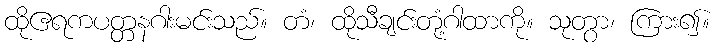
ထိုဧရကပတ္တနဂါးမင်းသည်။ တံ၊ ထိုသီချင်းတုံ့ဂါထာကို။ သုတွာ၊ ကြား၍။